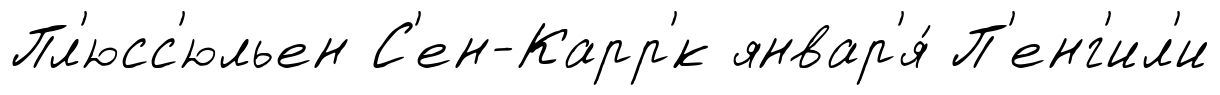
Пл'юсс'юльен С'ен-Карр'́к январ'я́ П'енг'ил'и